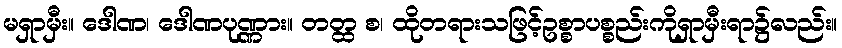
မရှာမှီး။ ဒေါဏ၊ ဒေါဏပုဏ္ဏား။ တတ္ထ စ၊ ထိုတရားသဖြင့်ဥစ္စာပစ္စည်းကိုရှာမှီးရာ၌လည်း။